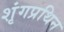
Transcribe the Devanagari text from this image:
शृंगप्रथिन